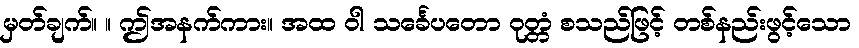
မှတ်ချက်။ ။ ဤအနက်ကား။ အထ ဝါ သင်္ခေပတော ဝုတ္တံ စသည်ဖြင့် တစ်နည်းဖွင့်သော